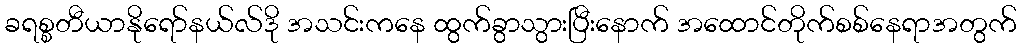
ခရစ္စတီယာနိုရော်နယ်လ်ဒို အသင်းကနေ ထွက်ခွာသွားပြီးနောက် အထောင်တိုက်စစ်နေရာအတွက်